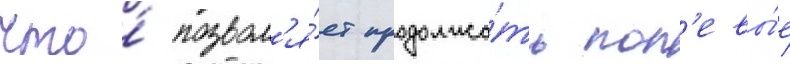
что́ позвол'я́ет продолжа́ть пол'евы́е